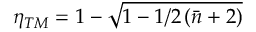
\eta _ { T M } = 1 - \sqrt { 1 - 1 / 2 \left( \bar { n } + 2 \right) }